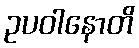
ဥပဝါနောတိ